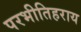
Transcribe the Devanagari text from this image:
परभीतिहराय